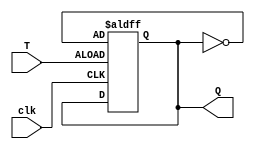
module t_flip_flop (
    input T,
    input clk,
    output reg Q
);

reg state;

always @(posedge clk or posedge T)
begin
    if (T)
        state <= ~state; // toggle the state on T input
end

assign Q = state;

endmodule